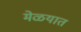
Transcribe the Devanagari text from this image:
मेळयात